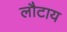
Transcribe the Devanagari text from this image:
लौटाय